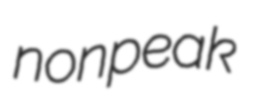
nonpeak